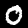
Label: 0